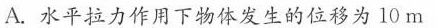
A.水平拉力作用下物体发生的位移为10m